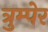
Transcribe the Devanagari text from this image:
त्रुम्पेर